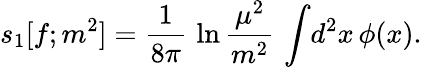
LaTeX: s_{1}[f;m^{2}]={\frac{1}{8\pi}}\, \ln{\frac{\mu^{2}}{m^{2}}}\, \int\! d^{2}x\, \phi(x).